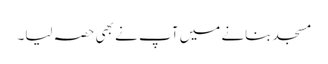
مسجد بنانے میں آپ نے بھی حصہ لیا۔